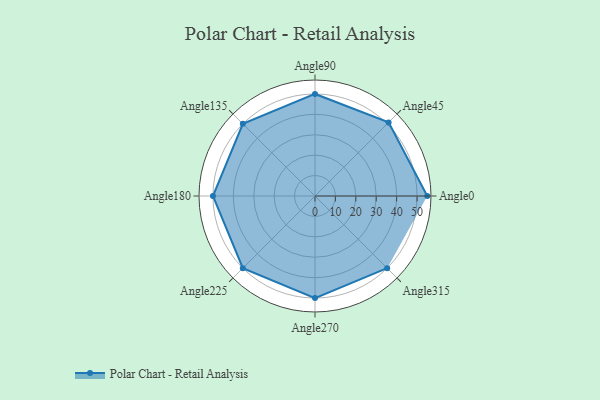
{"axis": {"x": "Angle", "y": "Radius"}, "legend": [""], "data": [{"x": "Angle0", "y": 55.0, "type": ""}, {"x": "Angle45", "y": 51.0, "type": ""}, {"x": "Angle90", "y": 50, "type": ""}, {"x": "Angle135", "y": 50, "type": ""}, {"x": "Angle180", "y": 50, "type": ""}, {"x": "Angle225", "y": 50, "type": ""}, {"x": "Angle270", "y": 50, "type": ""}, {"x": "Angle315", "y": 50, "type": ""}]}